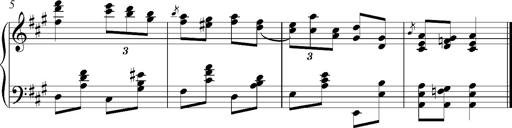
Title: Album-Leaf in A major 'Friska'
Composer: Franz Liszt
Key: A major